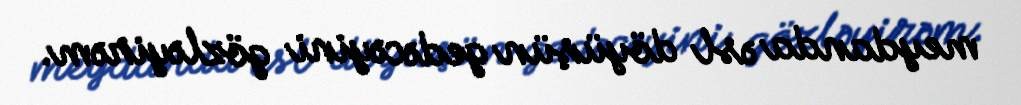
meydanda əsl döyüşün gedəcəyini gözləyirəm.